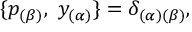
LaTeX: \{ p _ { ( \beta ) } , \ { y } _ { ( \alpha ) } \} = \delta _ { ( \alpha ) ( \beta ) } ,